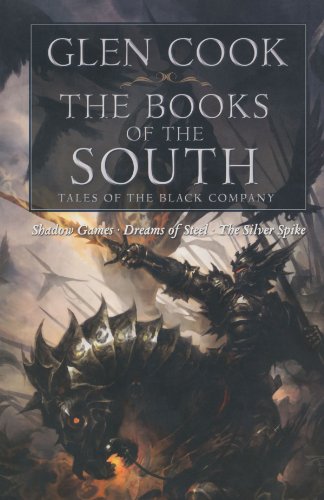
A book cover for Books of the South: Tales of the Black Company (Shadow Games / Dreams of Steel / The Silver Spike); Glen Cook; Science Fiction & Fantasy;